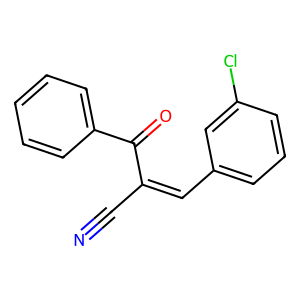
SMILES: N#CC(=Cc1cccc(Cl)c1)C(=O)c1ccccc1
Inhibits HIV replication: No